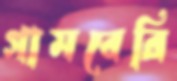
গামবেরি